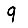
Digit: 9